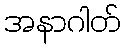
အနာဂါတ်